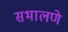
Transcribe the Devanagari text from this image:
सभालणे